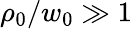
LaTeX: \rho_{0}/w_{0}\gg 1